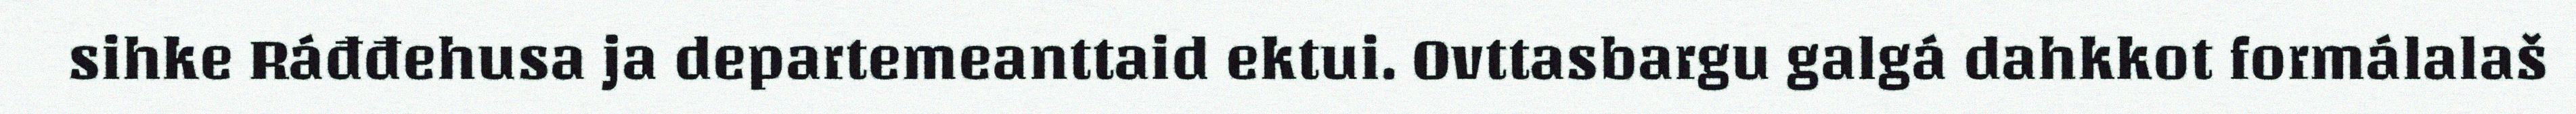
sihke Ráđđehusa ja departemeanttaid ektui. Ovttasbargu galgá dahkkot formálalaš